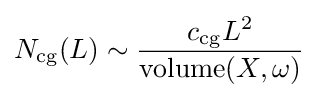
N_{\mathrm {cg} }(L)\sim {\frac {c_{\mathrm {cg} }L^{2}}{\operatorname {volume} (X,\omega )}}